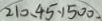
2 1 0 、 4 5 、 1 5 0 0 .